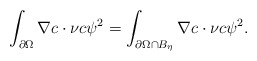
\begin{align*}\int_{\partial\Omega}\nabla c\cdot\nu c\psi^{2}=\int_{\partial\Omega\cap B_{\eta} }\nabla c\cdot\nu c\psi^{2}. \end{align*}